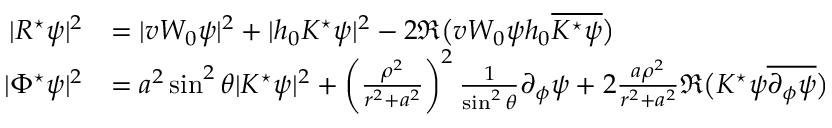
\begin{array} { r l } { | R ^ { \star } \psi | ^ { 2 } } & { = | v W _ { 0 } \psi | ^ { 2 } + | h _ { 0 } K ^ { \star } \psi | ^ { 2 } - 2 \mathfrak { R } \big ( v W _ { 0 } \psi h _ { 0 } \overline { { K ^ { \star } \psi } } \big ) } \\ { | \Phi ^ { \star } \psi | ^ { 2 } } & { = a ^ { 2 } \sin ^ { 2 } \theta | K ^ { \star } \psi | ^ { 2 } + \left( \frac { \rho ^ { 2 } } { r ^ { 2 } + a ^ { 2 } } \right) ^ { 2 } \frac { 1 } { \sin ^ { 2 } \theta } \partial _ { \phi } \psi + 2 \frac { a \rho ^ { 2 } } { r ^ { 2 } + a ^ { 2 } } \mathfrak { R } \big ( K ^ { \star } \psi \overline { { \partial _ { \phi } \psi } } \big ) } \end{array}